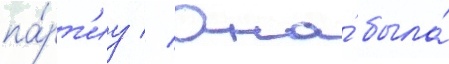
па́рт'иу // Она́ была́